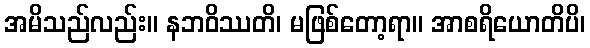
အမိသည်လည်း။ နဘဝိဿတိ၊ မဖြစ်တော့ရာ။ အာစရိယောတိပိ၊